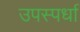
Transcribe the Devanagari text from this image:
उपस्पर्धा